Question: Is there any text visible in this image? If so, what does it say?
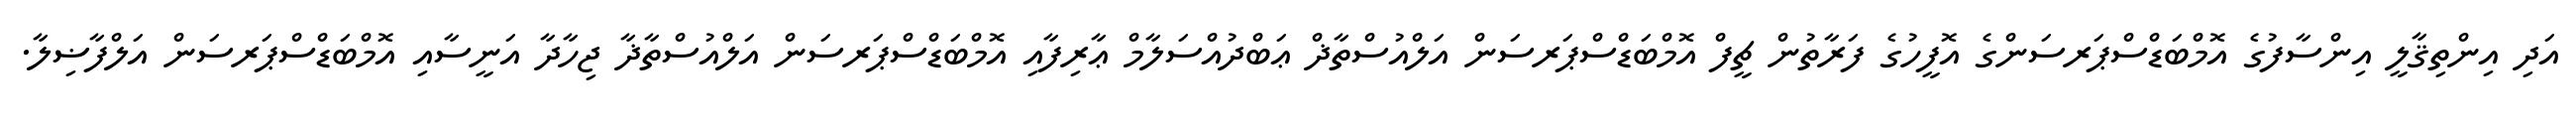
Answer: އަދި އިންތިޤާލީ އިންސާފުގެ އޮމްބަޑްސްޕަރސަންގެ އޮފީހުގެ ފަރާތުން ޗީފް އޮމްބަޑްސްޕަރސަން އަލްއުސްތާޛް ޢަބްދުއްސަލާމް ޢާރިފާއި އޮމްބަޑްސްޕަރސަން އަލްއުސްތާޛާ ޖިހާދާ އަނީސާއި އޮމްބަޑްސްޕަރސަން އަލްފާޟިލާ.